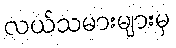
လယ်သမားများမှ